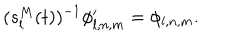
LaTeX: ( s _ { l } ^ { M } ( t ) ) ^ { - 1 } \phi _ { l , n , m } ^ { \prime } = \phi _ { l , n , m } .